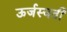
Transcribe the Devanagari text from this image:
ऊर्जस्वती